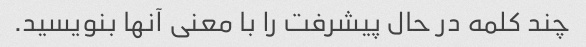
چند کلمه در حال پیشرفت را با معنی آنها بنویسید.